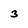
Character: 3